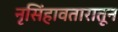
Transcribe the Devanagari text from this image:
नृसिंहावतारातून